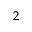
_ 2